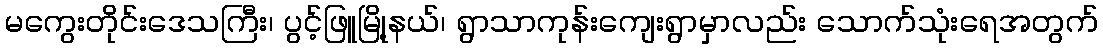
မကွေးတိုင်းဒေသကြီး၊ ပွင့်ဖြူမြို့နယ်၊ ရွာသာကုန်းကျေးရွာမှာလည်း သောက်သုံးရေအတွက်